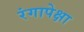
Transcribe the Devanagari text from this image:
रंगापेक्षा